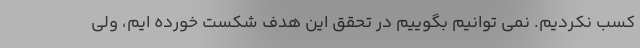
کسب نکردیم. نمی توانیم بگوییم در تحقق این هدف شکست خورده ایم، ولی